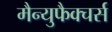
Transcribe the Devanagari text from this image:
मैन्युफैक्चर्स